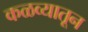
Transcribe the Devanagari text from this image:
कळव्यातून